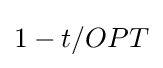
1-t/OPT\,\!